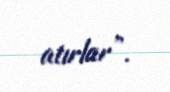
atırlar”.